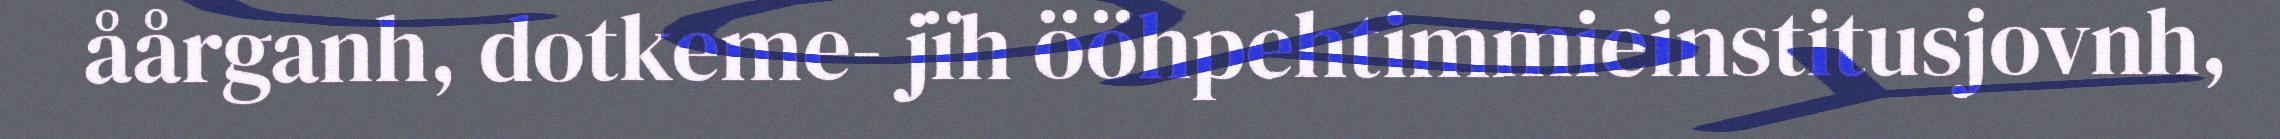
åårganh, dotkeme- jïh ööhpehtimmieinstitusjovnh,